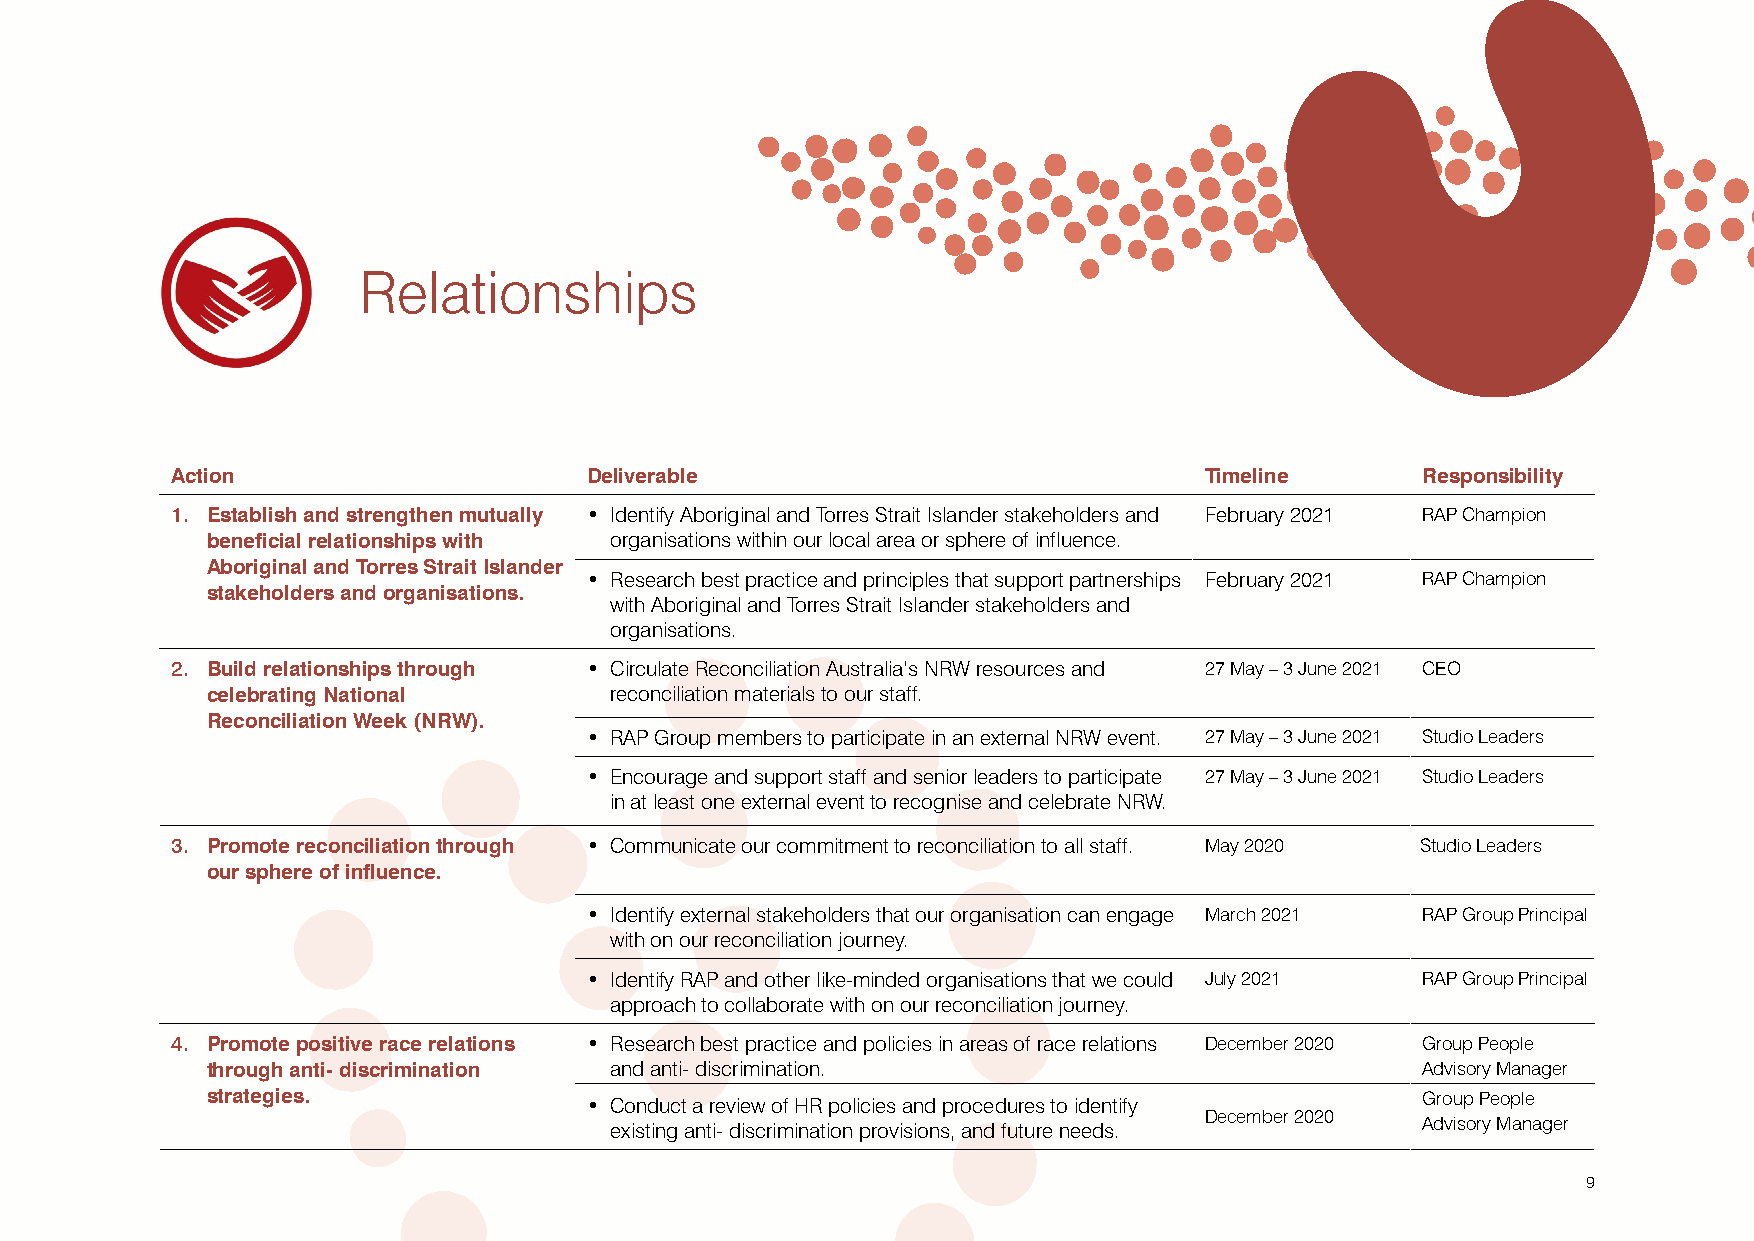
Relationships
 Action                      Deliverable                              Timeline      Responsibility
 1. Establish and strengthen mutually • Identify Aboriginal and Torres Strait Islander stakeholders and February 2021 RAP Champion
 beneficial relationships with organisations within our local area or sphere of influence.
 Aboriginal and Torres Strait Islander
 • Research best practice and principles that support partnerships February 2021 RAP Champion
 stakeholders and organisations.
 with Aboriginal and Torres Strait Islander stakeholders and
 organisations.
 2. Build relationships through • Circulate Reconciliation Australia’s NRW resources and 27 May – 3 June 2021 CEO
 celebrating National      reconciliation materials to our staff.
 Reconciliation Week (NRW).
 • RAP Group members to participate in an external NRW event. 27 May – 3 June 2021 Studio Leaders
 • Encourage and support staff and senior leaders to participate 27 May – 3 June 2021 Studio Leaders
 in at least one external event to recognise and celebrate NRW.
 3. Promote reconciliation through • Communicate our commitment to reconciliation to all staff. May 2020 Studio Leaders
 our sphere of influence.
 • Identify external stakeholders that our organisation can engage March 2021 RAP Group Principal
 with on our reconciliation journey.
 • Identify RAP and other like-minded organisations that we could July 2021 RAP Group Principal
 approach to collaborate with on our reconciliation journey.
 4. Promote positive race relations • Research best practice and policies in areas of race relations December 2020 Group People
 through anti- discrimination and anti- discrimination.                          Advisory Manager
 strategies.              • Conduct a review of HR policies and procedures to identify Group People
 December 2020
 existing anti- discrimination provisions, and future needs. Advisory Manager
 9